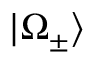
| \Omega _ { \pm } \rangle